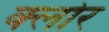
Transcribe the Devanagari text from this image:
क्लोर